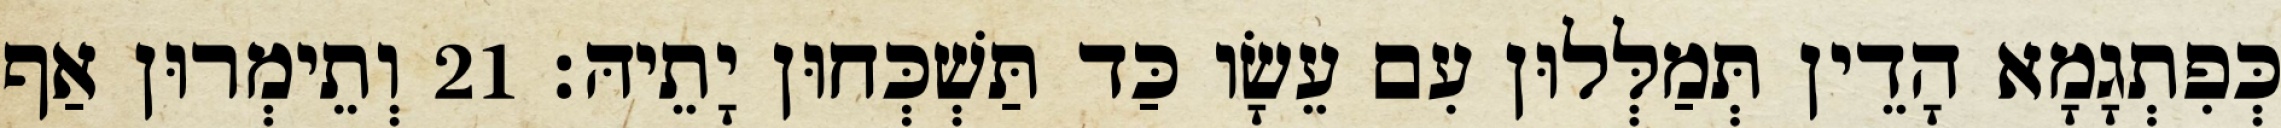
כְּפִתְגָמָא הָדֵין תְּמַלְּלוּן עִם עֵשָׂו כַּד תַּשְׁכְּחוּן יָתֵיהּ׃ 21 וְתֵימְרוּן אַף